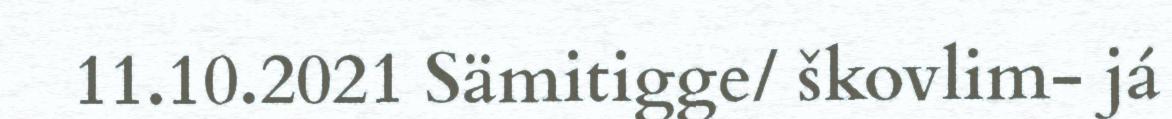
11.10.2021 Sämitigge/ škovlim- já